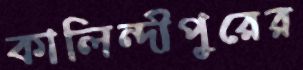
কালিন্দীপুরের